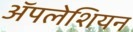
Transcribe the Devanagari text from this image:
ॲपलेशियन